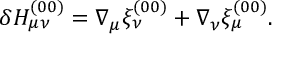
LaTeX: \delta H _ { \mu \nu } ^ { ( 0 0 ) } = \nabla _ { \mu } \xi _ { \nu } ^ { ( 0 0 ) } + \nabla _ { \nu } \xi _ { \mu } ^ { ( 0 0 ) } .